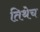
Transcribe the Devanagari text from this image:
तिथेेच